Annual report of the Central Committee of the Association together with the report of the directors of the Pasteur Institute at Kasauli
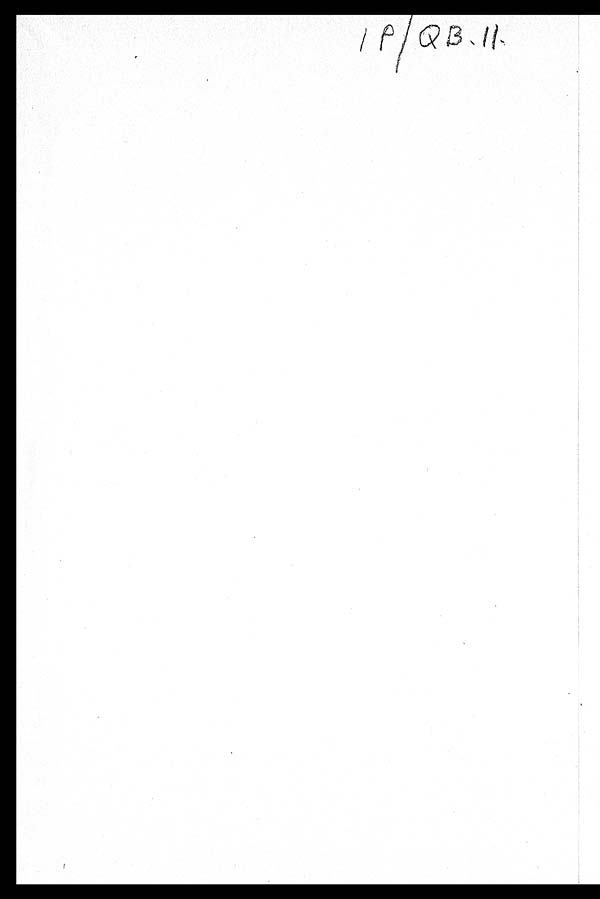
1 P / Q B . 1 1 .